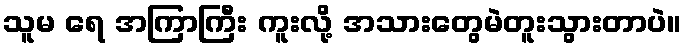
သူမ ရေ အကြာကြီး ကူးလို့ အသားတွေမဲတူးသွားတာပဲ။